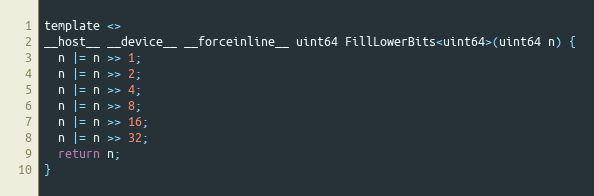
Language: C
template <>
__host__ __device__ __forceinline__ uint64 FillLowerBits<uint64>(uint64 n) {
  n |= n >> 1;
  n |= n >> 2;
  n |= n >> 4;
  n |= n >> 8;
  n |= n >> 16;
  n |= n >> 32;
  return n;
}